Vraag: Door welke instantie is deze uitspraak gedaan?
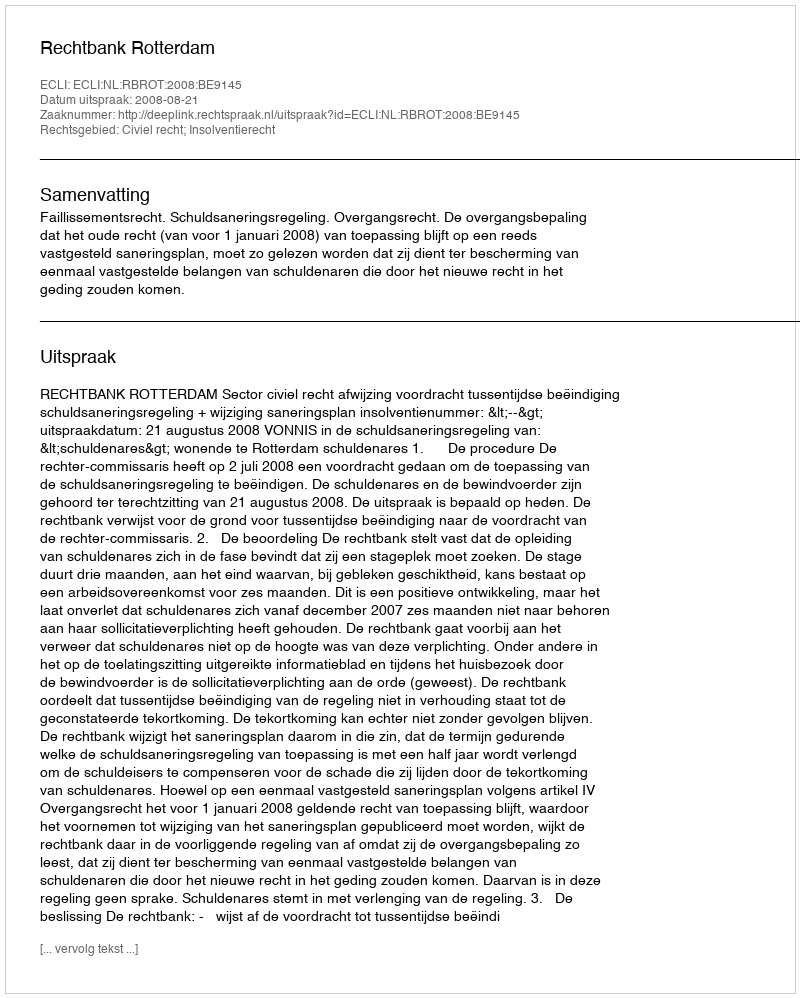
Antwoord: Rechtbank Rotterdam